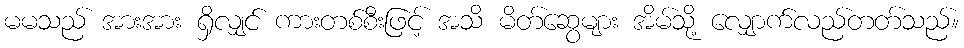
မမသည် အားအား ရှိလျှင် ကားတစ်စီးဖြင့် အသိ မိတ်ဆွေများ အိမ်သို့ လျှောက်လည်တတ်သည်။